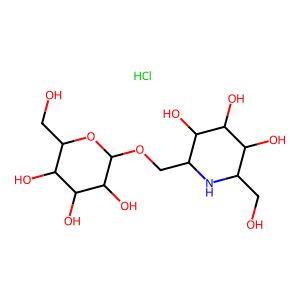
SMILES: Cl.OCC1NC(COC2OC(CO)C(O)C(O)C2O)C(O)C(O)C1O
Inhibits HIV replication: No